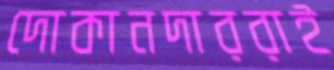
দোকানদাররাই